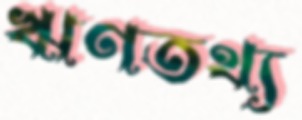
ঋণতথ্য